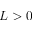
L > 0